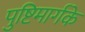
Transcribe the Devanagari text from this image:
पुष्टिमार्गके